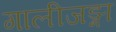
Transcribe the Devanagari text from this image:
गालीजङ्गा